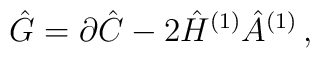
\hat{G} = \partial\hat{C} -2\hat{H}^{(1)}\hat{A}^{(1)}\, ,